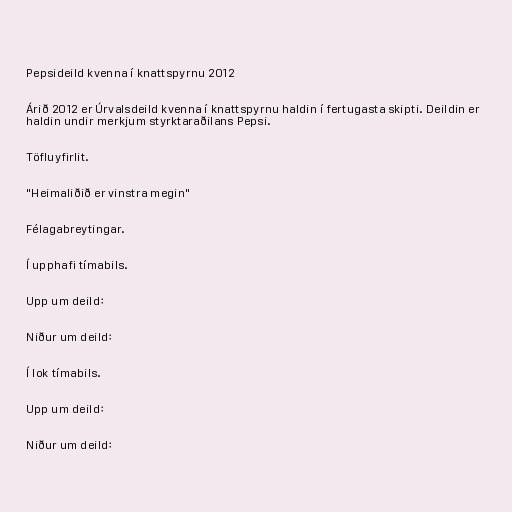
Pepsideild kvenna í knattspyrnu 2012

Árið 2012 er Úrvalsdeild kvenna í knattspyrnu haldin í fertugasta skipti. Deildin er
haldin undir merkjum styrktaraðilans Pepsi.

Töfluyfirlit.

"Heimaliðið er vinstra megin"

Félagabreytingar.

Í upphafi tímabils.

Upp um deild:

Niður um deild:

Í lok tímabils.

Upp um deild:

Niður um deild: